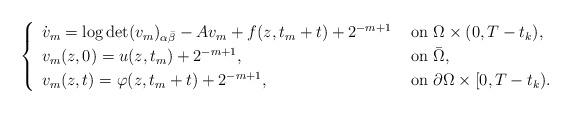
LaTeX: \begin{align*} \begin{cases} \begin{array}{ll} \dot{v}_m=\log\det(v_m)_{\alpha\bar{\beta}}-Av_m+f(z,t_m+t)+2^{-m+1} &\mbox{ on }\Omega\times (0,T-t_k),\\ v_m(z,0)=u(z,t_m)+2^{-m+1},&\mbox{ on } \bar{\Omega},\\ v_m(z,t)=\varphi (z,t_m+t)+2^{-m+1},&\mbox{ on }\partial\Omega\times [0,T-t_k). \end{array} \end{cases} \end{align*}